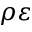
\rho \varepsilon